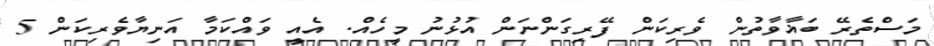
މަސްތެރޭ ބަޣާވާތުން ވެރިކަން ފޭރިގަންނަން އުޅުނު މީހެއް. އެއީ ވައްކަމާ އަނިޔާވެރިކަން 5